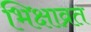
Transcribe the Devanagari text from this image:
भिक्षाव्रत